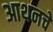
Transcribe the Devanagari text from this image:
आथनचे